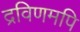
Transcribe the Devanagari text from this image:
द्रविणमपि